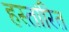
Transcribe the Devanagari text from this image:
हस्तांरित